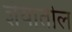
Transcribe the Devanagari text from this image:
ज्ञेयातील